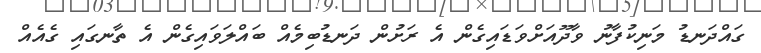
ގައްދަނޑު މަނިކުފާނު ވާދޫއަށްވަޑައިގެން އެ ރަށުން ދަނޑުބިމެއް ބައްލަވައިގެން އެ ތާނގައި ގެއެއް